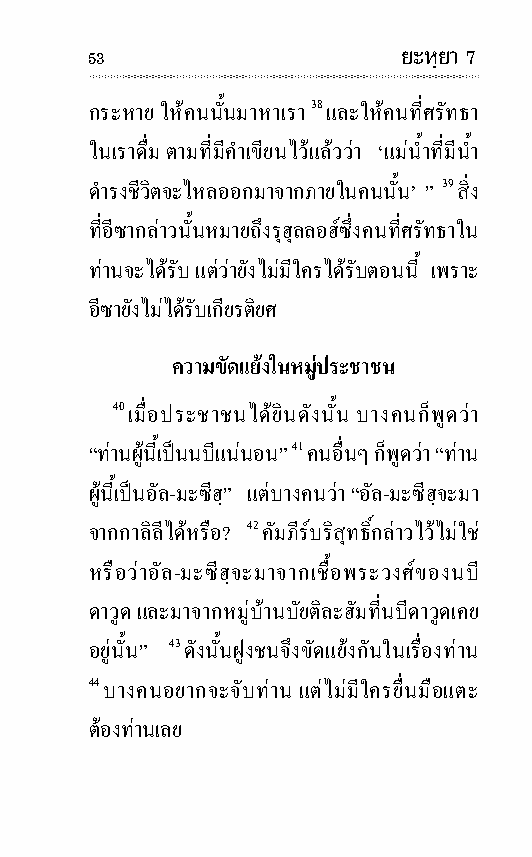
53                   ยะหฺยา 7
 กระ หาย ใหคน นั้นมาหาเรา 38 และใหคนที่ศรัท ธา
 ในเราดื่ม ตามที่มีคําเขียนไวแลววา ‘แม น้ําที่มีน้ํา
 ดํา รงชีวิตจะไหลออก มาจากภาย ในคน นั้น’ ” 39 สิ่ง
 ที่อีซากลาวนั้นหมาย ถึงรุฮุลลอฮซึ่งคนที่ศรัท ธาใน
 ทานจะไดรับ แตวายังไมมีใครไดรับตอนนี้ เพราะ
 อีซายังไมไดรับเกียรติยศ
 ความขัด แยงในหมูประชาชน
 40 เมื่อประ ชา ชนไดยินดัง นั้น บาง คนก็พูดวา
 “ทานผู นี้เปนนบีแน นอน” 41 คนอื่นๆ ก็พูดวา “ทาน
 ผู นี้เปนอัล -มะซีฮฺ” แตบาง คนวา “อัล-ม ะซีฮฺจะมา
 จากกา ลิลีไดหรือ? 42 คัมภีรบริสุทธิ์กลาวไวไมใช
 หรือวาอัล -มะซีฮฺจะมาจากเชื้อพระ วงศของนบี
 ดา วูด และมาจากหมู บานบัย ติ ละ ฮัมที่นบีดา วูดเคย
 อยูนั้น” 43 ดัง นั้นฝูง ชนจึงขัด แยงกันในเรื่องทาน
 44 บาง คนอยากจะจับทาน แตไม มีใครยื่นมือแตะ
 ตองทานเลย